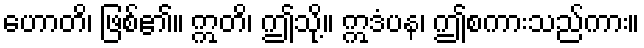
ဟောတိ၊ ဖြစ်၏။ ဣတိ၊ ဤသို့။ ဣဒံပန၊ ဤစကားသည်ကား။